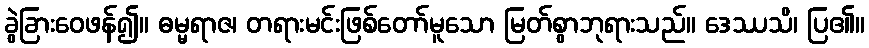
ခွဲခြားဝေဖန်၍။ ဓမ္မရာဇ၊ တရားမင်းဖြစ်တော်မူသော မြတ်စွာဘုရားသည်။ ဒေဿသိ၊ ပြ၏။